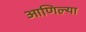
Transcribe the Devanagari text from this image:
आणिल्या